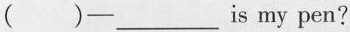
( )—___is my pen?